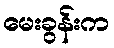
မေးခွန်းက